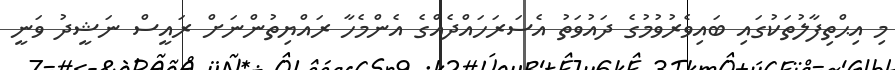
މި އިޙްތިފާލުތަކުގައި ބައިވެރުވުމުގެ ދައުވަތު އެސަރަހައްދެއްގެ އެންމެހާ ރައްޔިތުންނަށް ރައީސް ނަޝީދު ވަނީ